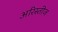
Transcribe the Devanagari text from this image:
अरिस्तीज